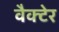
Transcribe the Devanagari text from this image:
वैक्टेर